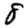
Digit: 8